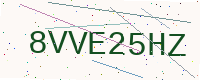
Text: 8VVE25HZ